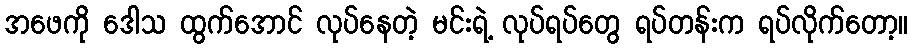
အဖေကို ဒေါသ ထွက်အောင် လုပ်နေတဲ့ မင်းရဲ့ လုပ်ရပ်တွေ ရပ်တန်းက ရပ်လိုက်တော့။